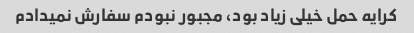
کرایه حمل خیلی زیاد بود، مجبور نبودم سفارش نمیدادم